Annual statistical returns and brief notes on vaccination in Bengal - 1887-1898
Year: 1887
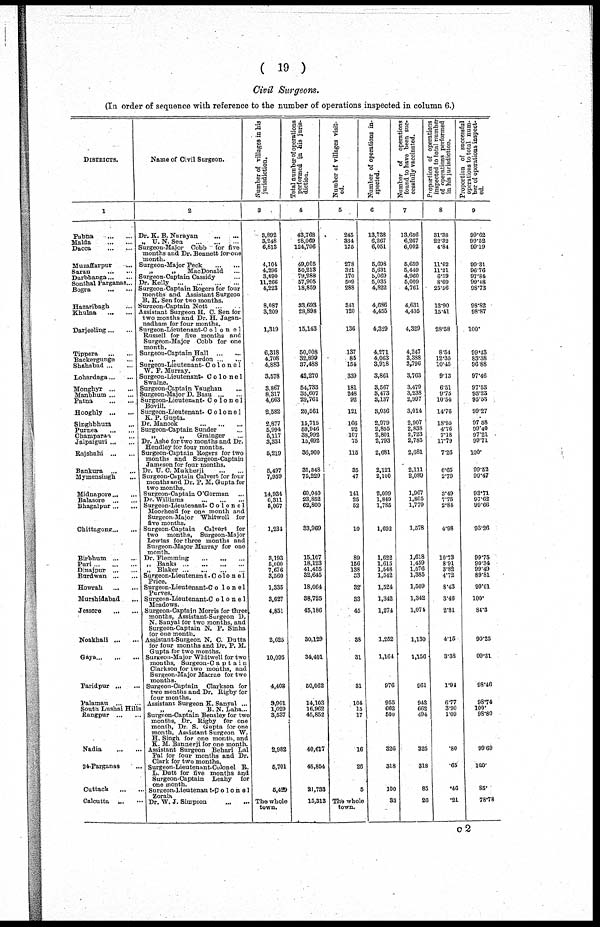
(19)
Civil Surgeons.
(In order of sequence with reference to the number of operations inspected in column 6.)
DISTRICTS.
1
Pubna... ...
Malda...
...
Dacca...
...
Muzaffarpur... ...
Saran...
...
Darbbanga...
...
Sonthal Parganas... ...
Bogra...
...
Hazaribagh...
...
Khulna...
...
Darjeeling...
...
Tippera
...
...
Backergunge ...
Shahabad ... ...
Lohardaga ... ...
Monghyr ... ...
Manbhum ... ...
Patna
...
...
Hooghly
...
...
Singhbhum
...
Pnrnea
... ...
Champaran ... ...
Jalpaiguri ... ...
Rajshahi
...
...
Bankura
Mymensingh ...
Midnapore ... ...
Balasore
...
...
Bhagalpur ... ...
Chittagong... ...
Birbhum ... ...
Pari ... ... ...
Dinajpur
...
...
Burdwan ... ...
Howrah
...
...
Murshidabad ...
Jessore
...
...
Noakhali ... ...
Gaya ... ... ...
Paridpur
Palamau
...
...
South Lushai Hills
Rangpur
...
...
Nadia
...
...
24-Parganas ...
Cuttack
...
...
Calcutta ... ...
Name of Civil Surgeon.
2
Dr. K. B.
Narayan...
...
„ U.N.Sen
...
...
...
Surgeon-Major Cobb for five
months and Dr. Bennett for one
month.
Surgeon-Major
Peck...
...
„
„ MacDonald... ...
Surgeon-Captain Cassidy... ...
Dr.
Kelly...
...
...
Surgeon-Captain Rogers for four
months and Assistant Surgeon
B. K. Sen for two months.
Surgeon-Captain
Nott...
...
Assistant Surgeon H. C. Sen for
two months and Dr. H. Jagan-
nadham for four months.
Surgeon-Lieutenant-Colonel
Russell for five months and
Surgeon-Major Cobb for one
month.
Surgeon-Captain Hall
„
„
Jordon ... ...
Surgeon-Lieutenant- Colonel
W. P. Murray.
Surgeon-Lieutenant- Colonel
Swaine.
Surgeon-Captain Vaughan ...
Surgeon-Major D. Basu ... ...
Surgeon-Lieutenant- Colonel
Bovill. Surgeon-Lieutenant- Colonel
K. P. Gupta.
Dr. Manook
...
...
...
Surgeon-Captain Sunder ...
„
„
Grainger ...
Dr. Ashe for two months and Dr.
Hendley for four months.
Surgeon-Captain Rogers for two
months and Surgeon-Captain
Jameson for four months.
Dr. U. C. Mukherji
...
...
Surgeon-Captain Calvert for four
months and Dr. P. M. Gupta for
two months.
Surgeon-Captain O'Gorman ...
Dr. Williams ... ... ...
Surgeon-Lieutenant- Colonel
Moorhead for one month and
Surgeon-Major Whitwell for
five months.
Surgeon-Captain Calvert for
two months, Surgeon-Major
Lewtas for three months and
Surgeon-Major Murray for one
month.
Dr. Flemming
...
...
...
„ Banks
...
...
...
...
„ Blaker
...
...
...
...
Surgeon-Lieutenan t-Colonel
Price. Surgeon-Lieutenant-Colonel
Purves.
Surgenn-Lieutenant-Co1onel.
Meadows.
Surgeon-Captain Morris for three
months, Assistant-Surgeon D.
N. Sanyal for two months, and
Surgeon-Captain N. P. Sinha
for one month.
Assistant-Surgeon N. C. Dutta
for four months and Dr. P. M.
Gupta for two months.
Surgeon-Major Whitwell for two
months. Surgeon-C a p t a i n
Clarkson for two months, and
Surgeon-Major Macrae for two
months.
Surgeon-Captain Clarkson for
two months and Dr. Rigby for
Four months.
Assistant Surgeon K. Sanyal ...
„
„
B. N. Laha ...
Surgeon-Captain Bensley for two
months, Dr. Righy for one
month, Dr. S. Gupta for one
month, Assistant Surgeon W.
H. Singh for one month, and
K. M. Bannerji for one month.
Assistant Surgeon Behari Lai
Pal for four months and Dr.
Clark for two months.
Surgeon-Lieutenant-Colonel R.
L. Dutt for five months and
Surgeon-Captain Leahy for
one month.
Surgcon-Lieutenan t-Co1one1
Zorab
Dr. W. J. Simpson
...
...
Number of villages in his
jurisdiction.
3
3,892
3,248
6,813
4,104
4,296
3,890
11,266
4,223
8,087
3,209
1,319
6,318
4,708
4,883
3,578
3,867
8,317
4,663
2,682
2,877
5,994
5,117
3,331
5,219
5,497
7,959
14,934
6,311
5,067
1,234
3,193
5,000
7,676
3,560
1,335
3,627
4,851
2,625
10,095
4,403
9,901
1,029
3,537
2,982
5,701
5,429
The whole
town.
Total number of operations
performed in his juris-
diction.
4
43,768
28,069
124,796
49,005
50,213
79,288
57,905
18,859
33,693
28,898
15,143
50,008 32,488 37,488
42,270
54,733
35,607
29,761
20,561
15,715
59,946
38,992
15,692
36,900
31,848
75,229
60,040
23,852
62,800
33,969
15,107
18,123
41,455
32,645
18,064
38,725
45,186
30,129
34,401
50,062
14,103
16,962
45,852
40,617
48,854
21,733
15,313
Number of villages visit-
ed.
5
245
334
175
278
321
170
509
288
341
120
136
137
85
154
339
181
248
92
121
166
92
107
75
115
35
47
141
25
52
10
89
156
138
33
32
33
45
38
31
31
104
15
17
16
26
5
The whole
town.
Number of operations in-
spected.
6
13,738
6,267
6,051
5,698
5,631
5,069
5,035
4,822
4,686
4,455
4,329
4,271
4,063
3,918
3,861
3,567
3,473
3,137
3,036
2,979
2,855
2,801
2,793
2,681
2,121
2,100
2,099
1,849
1,785
1,692
1,622
1,615
1,548
1,542
1,524
1,342
1,274
1,252
1,164
976
955
662
500
326
318
100
33
Number of operations
found to have been suc-
cessfully vaccinated.
7
13,686
6,267
6,002
5,659
5,449
4,960
5,009
4,761
4,631
4,405
4,329
4,247
3,388
3,796
3,763
3,479
3,238
2,997
3,014
2,907
2,838
2,723
2,785
2,681
2,111
2,089
1,967
1,805
1,779
1,578
1,618
1,459
1,576
1,385
1,509
1,342
1,071
1,130
1,156
961
943
662
494
325
318
85
26
Proportion of operations
inspected to total number
of operations performed
in his jurisdiction.
8
31.38
22.32
4.84
11.62
11.21
6.39
8.69
25.56
13.90
15.41
28.58
8.54
12.35
10.45
9.13
6.51
9.75
10.54
14.76
18.95
4.76
7.18
17.79
7.26
6.65
2.79
3.49
7.75
2.84
4.98
10.73
8.91
3.82
4.72
8.43
3.46
2.81
4.15
3.38
1.94
6.77
3.90
1.09
.80
.65
.46
.21
Proportion of successful
operations to total num-
ber of operations inspect-
ed.
9
99.62
99.52
99.19
99.31
96.76
97.84
99.48
98.73
98.82
98.87
100.
99.43
83.38
96.88
97.46
97.53
93.23
95.63
99.27
97.58
99.40
97.21
99.71
100.
99.52
99.47
93.71
97.63
99.66
93.26
99.75
90.34
99.49
89.81
99.01
100.
84.3
90.25
99.31
98.46
98.74
100.
98.80
99.69
100.
85.
78.78
c2